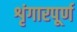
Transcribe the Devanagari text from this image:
शृंगारपूर्ण